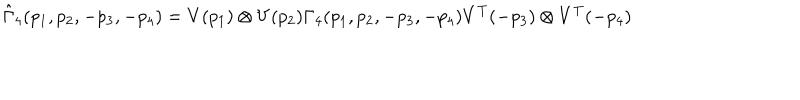
\hat { \Gamma } _ { 4 } ( p _ { 1 } , p _ { 2 } , - p _ { 3 } , - p _ { 4 } ) = V ( p _ { 1 } ) \otimes V ( p _ { 2 } ) { \Gamma } _ { 4 } ( p _ { 1 } , p _ { 2 } , - p _ { 3 } , - p _ { 4 } ) V ^ { T } ( - p _ { 3 } ) \otimes V ^ { T } ( - p _ { 4 } )